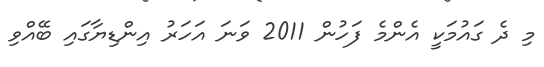
މި ދެ ގައުމަކީ އެންމެ ފަހުން 2011 ވަނަ އަހަރު އިންޑިޔާގައި ބޭއްވި